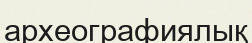
археографиялық